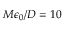
{ M \epsilon _ { 0 } / D = 1 0 }